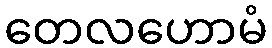
တေလဟောမံ